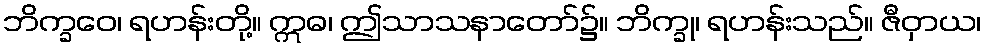
ဘိက္ခဝေ၊ ရဟန်းတို့။ ဣဓ၊ ဤသာသနာတော်၌။ ဘိက္ခု၊ ရဟန်းသည်။ ဇီဝှာယ၊